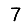
Digit: 7